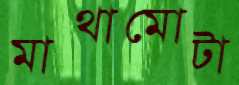
মাথামোটা